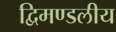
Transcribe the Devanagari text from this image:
द्विमण्डलीय